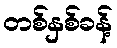
တစ်နှစ်ခန့်